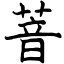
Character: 萻